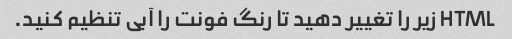
HTML زیر را تغییر دهید تا رنگ فونت را آبی تنظیم کنید.